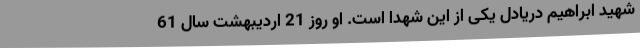
شهید ابراهیم دریادل یکی از این شهدا است. او روز 21 اردیبهشت سال 61